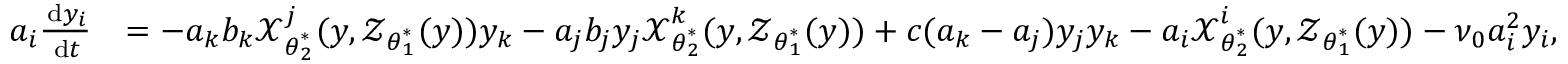
\begin{array} { r l } { a _ { i } \frac { \, \mathrm { d } y _ { i } } { \, \mathrm { d } t } } & { = - a _ { k } b _ { k } \boldsymbol { \mathcal { X } } _ { \boldsymbol { \theta } _ { 2 } ^ { \ast } } ^ { j } ( \boldsymbol { y } , \boldsymbol { \mathcal { Z } } _ { \boldsymbol { \theta } _ { 1 } ^ { \ast } } ( \boldsymbol { y } ) ) y _ { k } - a _ { j } b _ { j } y _ { j } \boldsymbol { \mathcal { X } } _ { \boldsymbol { \theta } _ { 2 } ^ { \ast } } ^ { k } ( \boldsymbol { y } , \boldsymbol { \mathcal { Z } } _ { \boldsymbol { \theta } _ { 1 } ^ { \ast } } ( \boldsymbol { y } ) ) + c ( a _ { k } - a _ { j } ) y _ { j } y _ { k } - a _ { i } \boldsymbol { \mathcal { X } } _ { \boldsymbol { \theta } _ { 2 } ^ { \ast } } ^ { i } ( \boldsymbol { y } , \boldsymbol { \mathcal { Z } } _ { \boldsymbol { \theta } _ { 1 } ^ { \ast } } ( \boldsymbol { y } ) ) - \nu _ { 0 } a _ { i } ^ { 2 } y _ { i } , } \end{array}